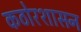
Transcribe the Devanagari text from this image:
कठोरशासन